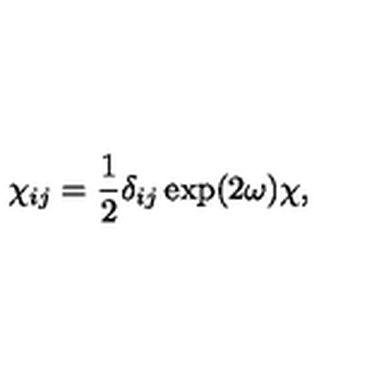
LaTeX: \chi _ { i j } = { \frac { 1 } { 2 } } \delta _ { i j } \exp ( 2 \omega ) \chi ,